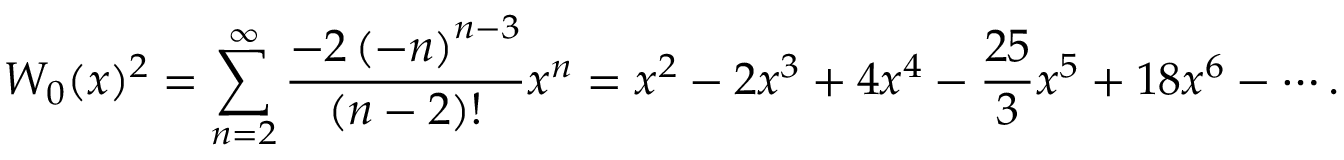
W _ { 0 } ( x ) ^ { 2 } = \sum _ { n = 2 } ^ { \infty } { \frac { - 2 \left( - n \right) ^ { n - 3 } } { ( n - 2 ) ! } } x ^ { n } = x ^ { 2 } - 2 x ^ { 3 } + 4 x ^ { 4 } - { \frac { 2 5 } { 3 } } x ^ { 5 } + 1 8 x ^ { 6 } - \cdots .